system: You are a helpful assistant.
user:
Analyze the provided spectrum to determine if it is a **Carbon Star (C-type)**.

- **Key Visual Indicators of Carbon Star:**
    - **(Primary):** Strong molecular absorption from **C₂ (diatomic carbon) "Swan Bands."** This is the **defining feature** of a carbon star.
        - **(Key Bandheads):** Sharp absorption edges are visible at approximately $5635$ Å, $5165$ Å (the strongest band), and $4737$ Å.
        - **(Line Profile):** Creates a distinct **"saw-tooth"** pattern. The key morphology is a sharp, steep bandhead on the **red (long-wavelength) side**, which then gradually tapers off (i.e., flux recovers) towards the **blue (short-wavelength) side**. *(This is the direct opposite of the TiO bands seen in M-type stars)*.

    - **(Secondary):** Intense **CN (cyanogen)** molecular absorption bands.
        - **(Key Bandheads):** Located in the blue and violet regions of the spectrum (e.g., near $4215$ Å and $3883$ Å).
        - **(Morphology):** These bands are extremely broad and act as a "blanket," absorbing the vast majority of blue and violet light. This creates a characteristic **"cliff"** or **"steep drop-off"** in the spectrum's flux at short wavelengths.

    - **(Key Confirmation):** Strong **CH absorption band (G-band)**.
        - **(Key Bandhead):** Located around $4300$ Å. The contribution from CH molecules to this band is exceptionally strong.

    - **(Overall Spectrum):**
        - The continuum is severely "chopped up" by these deep molecular bands, especially C₂, rather than appearing as a smooth curve.
        - Due to the heavy CN and C₂ absorption in the blue-green, the vast majority of the star's flux is concentrated in the red part of the spectrum, giving the star its characteristic deep red color.

Think first, call **spectral_visualization_tool** if needed to examine features in detail, then provide your final answer. Your response must adhere to the following strict rules:
1.  **Overall Structure:** Your response must follow the format `<think>...</think> <tool_call>...</tool_call> (if a tool is used) <answer>...</answer>`.
2.  **Tool Usage Constraint:** You may only make **one** tool call per turn.
3.  **Final Answer Format:** In the `<answer>` tag, your conclusion must be inside a `\boxed{}` command (e.g., `\boxed{YES}`), followed by your justification.

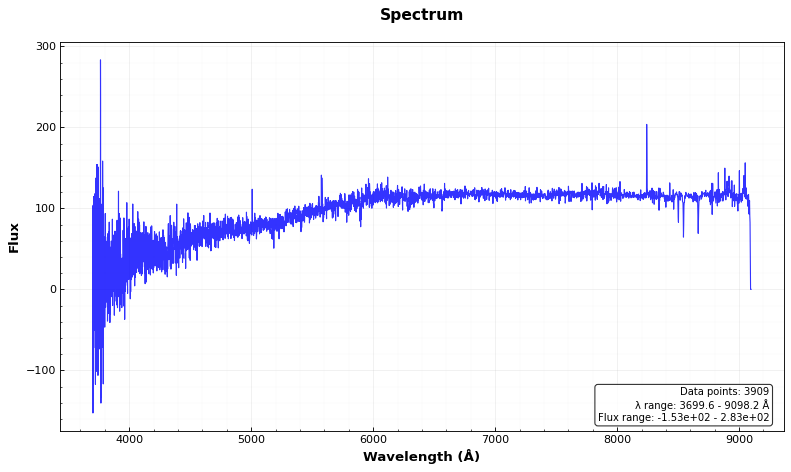
Answer: NO